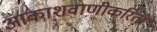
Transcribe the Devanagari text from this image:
आकाशवाणीकरिता